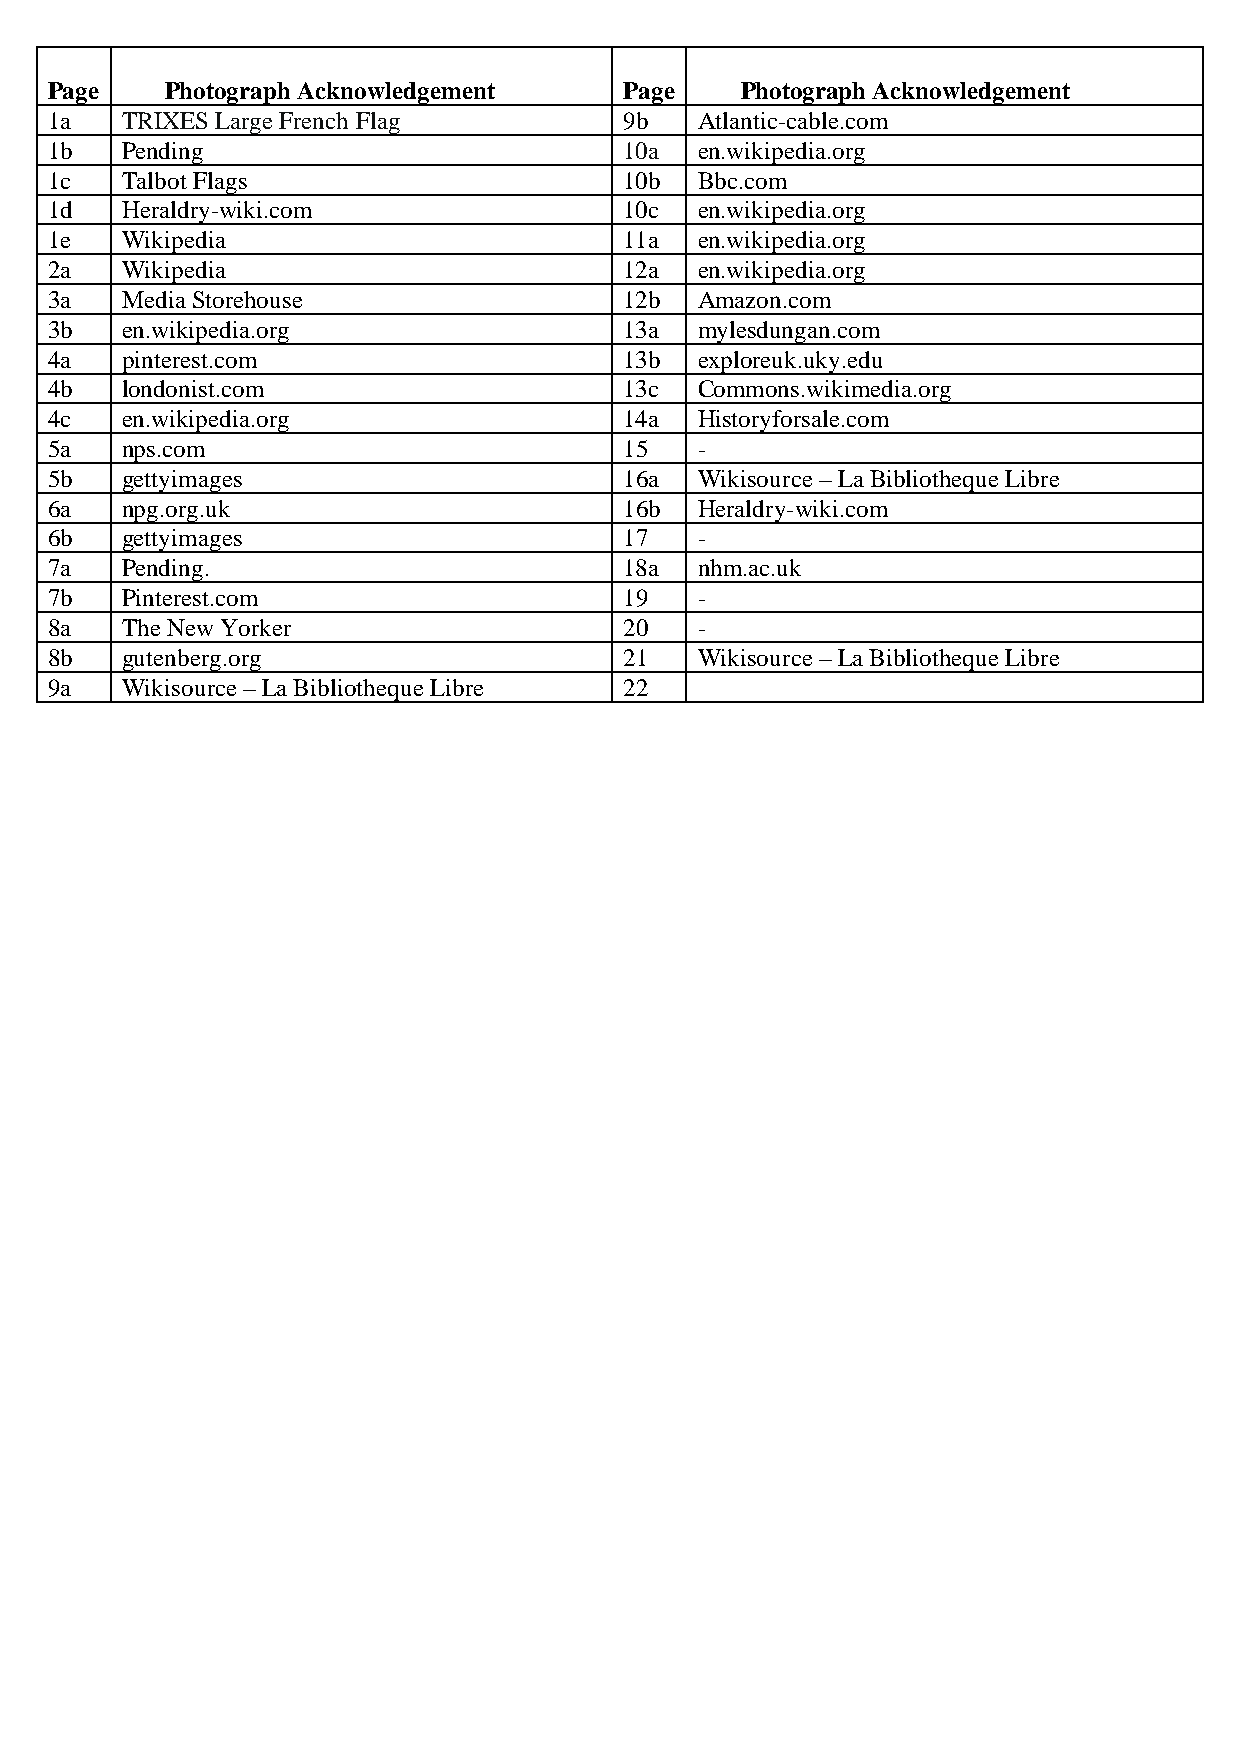
Page A  Photograph Acknowledgement    P a g e A P h o t ograph Acknowledgement
 1a   TRIXES Large French Flag         9b   Atlantic-cable.com
 1b   Pending                          10a  en.wikipedia.org
 1c   Talbot Flags                     10b  Bbc.com
 1d   He raldry-wiki.com               10c  en.wikipedia.org
 1e   Wikipedia                        11a  en.wikipedia.org
 2a   Wikipedia                        12a  en.wikipedia.org
 3a   Media Storehouse                 12b  Amazon.com
 3b   en.wikipedia.org                 13a  mylesdungan.com
 4a   pin terest.com                   13b  exploreuk.uky.edu
 4b   londonist.com                    13c  Commons.wikimedia.org
 4c   en.wikipedia.org                 14a  Historyforsale.com
 5a   nps .com                         15   -
 5b   gettyimages                      16a  Wikisource – La Bibliotheque Libre
 6a   npg.org.uk                       16b  Heraldry-wiki.com
 6b   gettyimages                      17   -
 7a   Pending.                         18a  nhm.ac.uk
 7b   Pin terest.com                   19   -
 8a   The New Yorker                   20   -
 8b   gutenberg.org                    21   Wikisource – La Bibliotheque Libre
 9a   Wi kisource – La Bibliotheque Libre 22